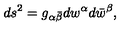
d s ^ { 2 } = g _ { \alpha \bar { \beta } } d w ^ { \alpha } d \bar { w } ^ { \beta } ,